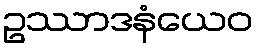
ဥဿာဒနံယေဝ